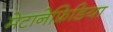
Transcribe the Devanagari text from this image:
मेटानेफ्रिडिया